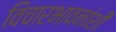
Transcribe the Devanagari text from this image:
विचारभावनांशी